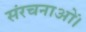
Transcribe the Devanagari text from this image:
संरचनाओं।